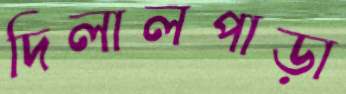
দিলালপাড়া